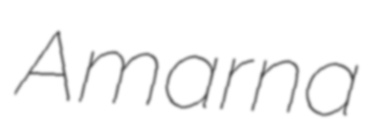
Amarna